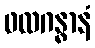
ဖလဂန္ဓာနံ